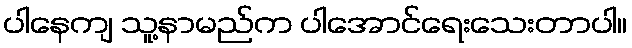
ပါနေကျ သူ့နာမည်က ပါအောင်ရေးသေးတာပါ။